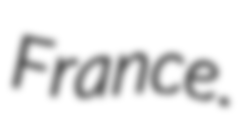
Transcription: France.